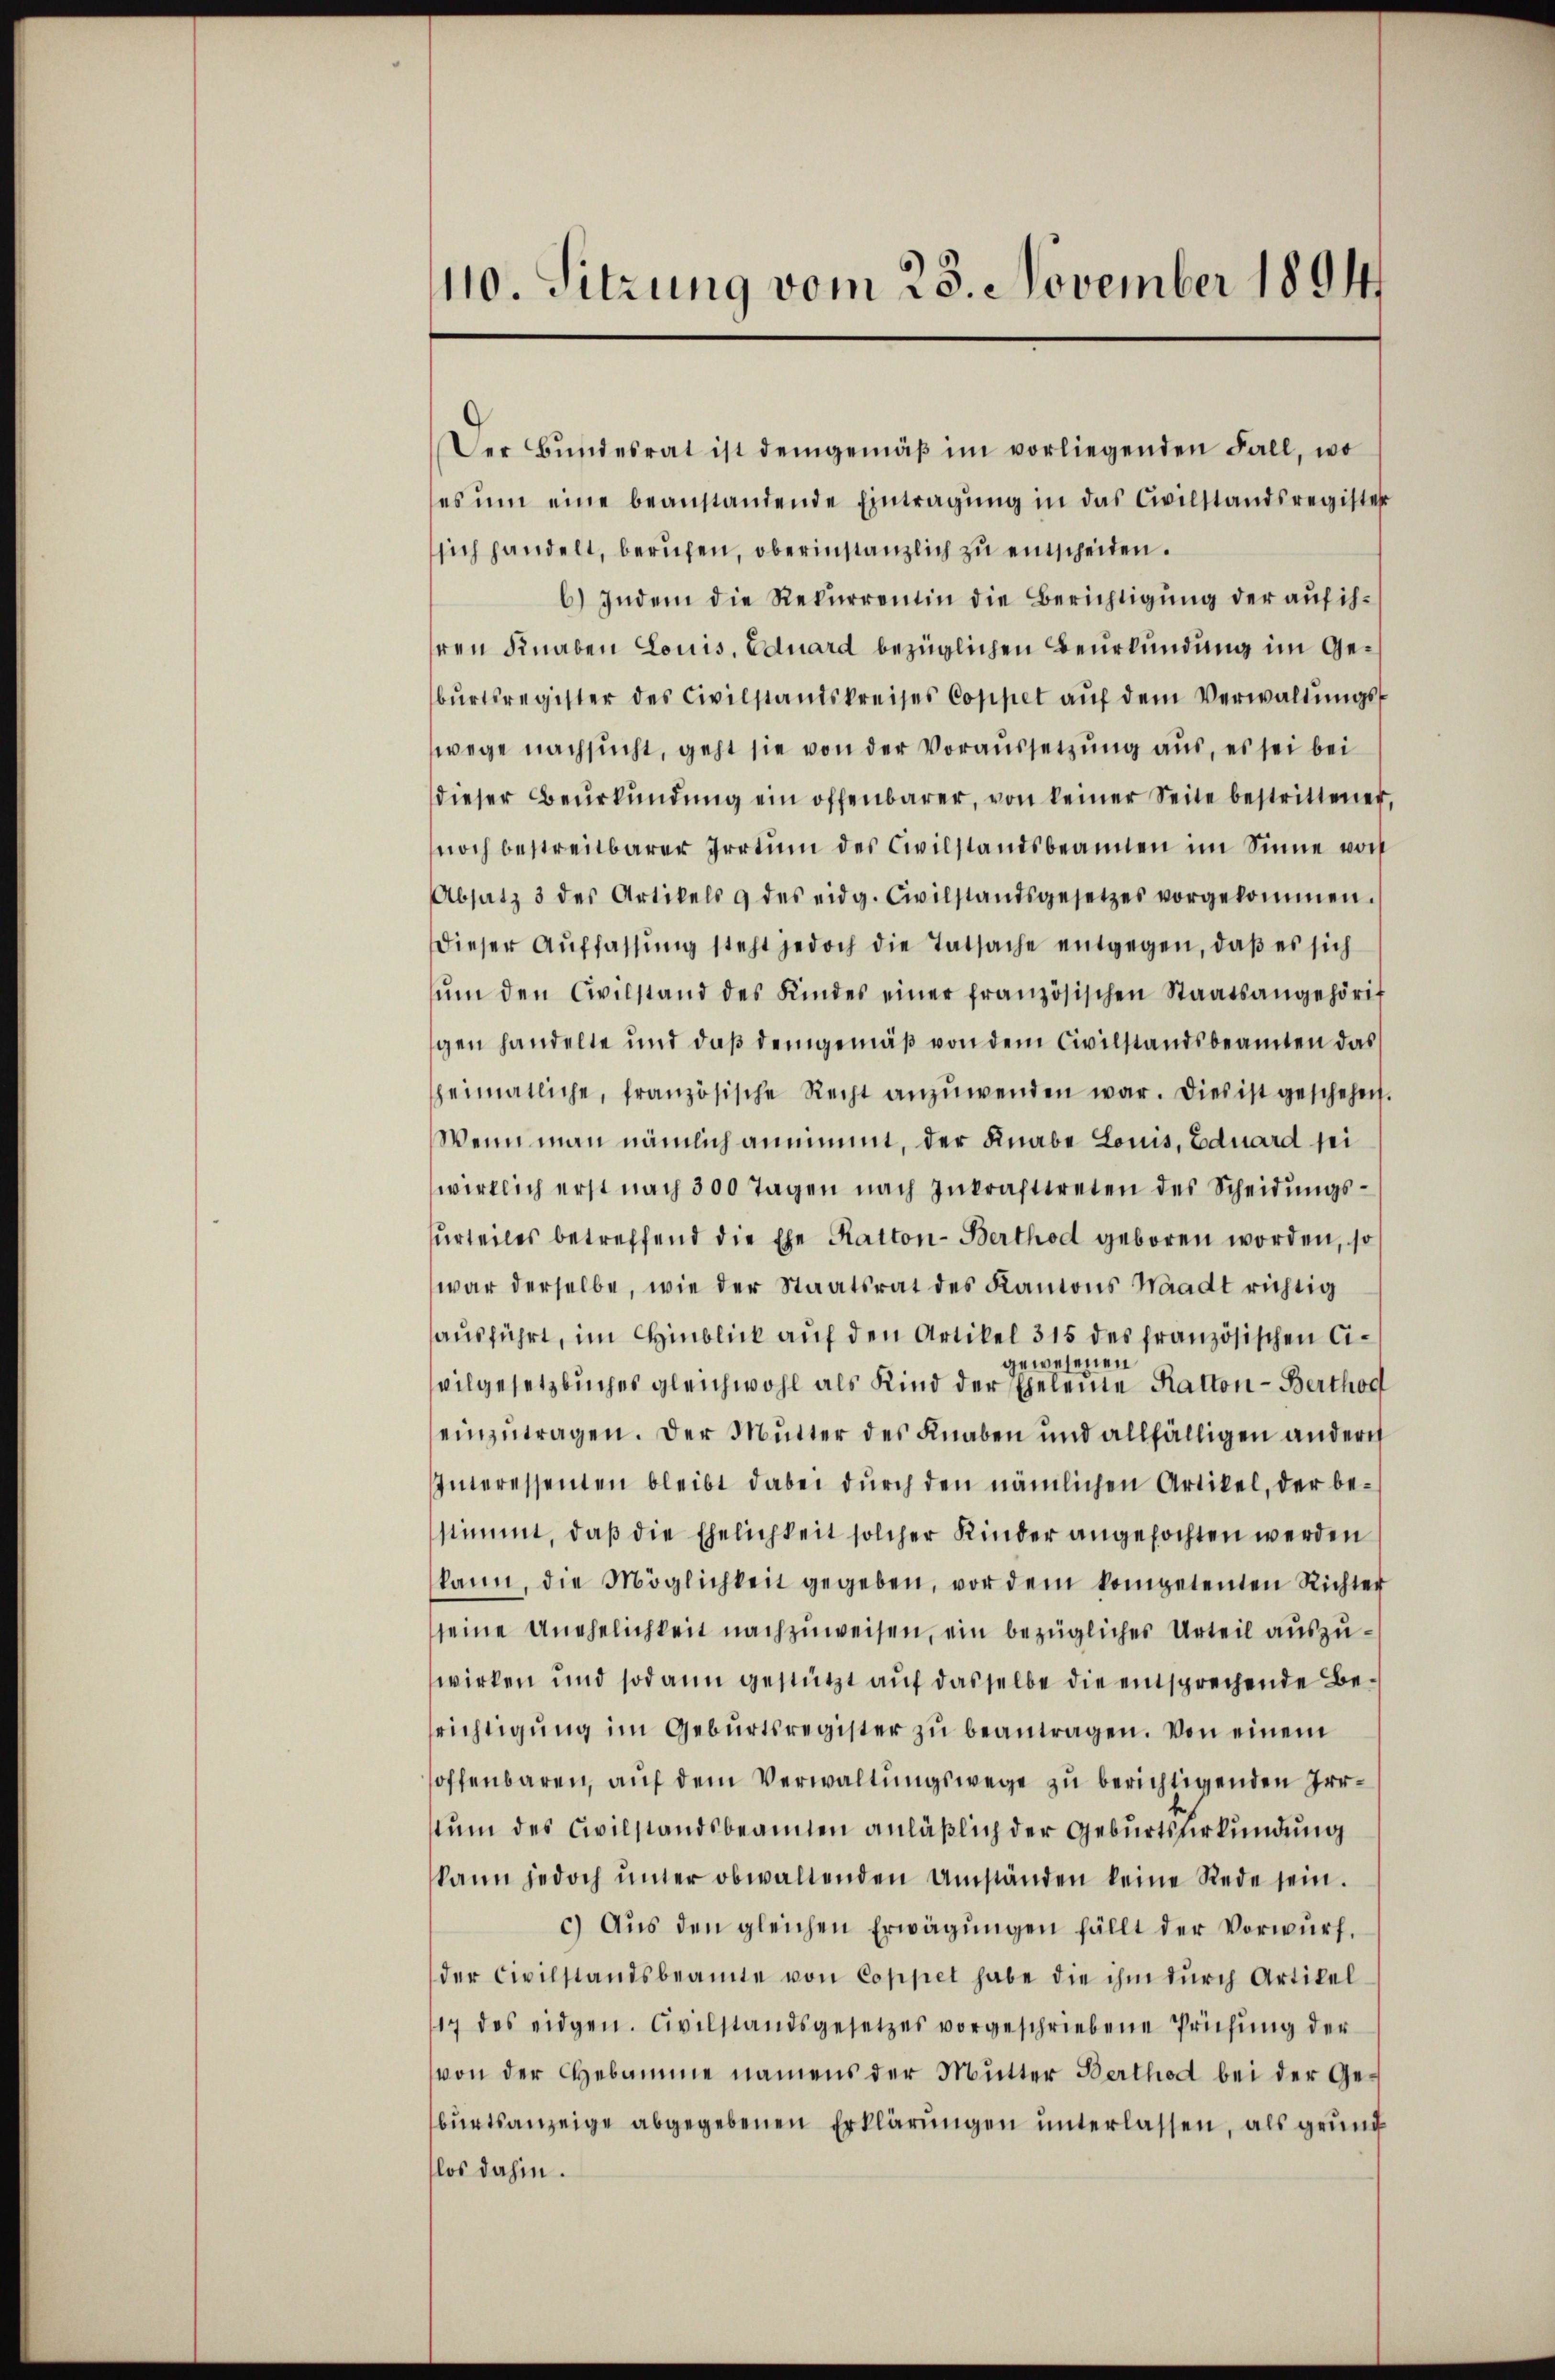
110. Sitzung vom 28. November 1894

Der Bŭndesrat ist demgemäβ im vorliegenden Fall, wo
es ŭm eine beanstandende Eintragung in das Civilstandsregister
sich handelt, berufen, oberinstanzlich zu entscheiden.
6) Indem die Rekurrentin die Berichtigung der auf ihren Knaben Louis, Eduard bezüglichen Beurkundung im Gebŭrtsregister des Civilstandskreises Coppet aŭf dem Verwaltŭngs-
wege nachsucht, geht sie von der Voraussetzung aus, es sei bei
dieser Beŭrkŭndŭng ein offenbarer, von keiner Seite bestrittener,
noch bestreitbarer Irrtum des Civilstandsbeamten im Sinne von
Absatz 3 des Artikels & des eidg. Civilstandsgesetzes vorgekommen.
dieser Auffassŭng steht jedoch die Tatsache entgegen, daß es sich
ŭm den Civilstand des Kindes einer französischen Staatsangehörif
gen handelte und daß demgemäß von dem Civilstandsbeamten das
heimatliche, französische Recht anzŭwenden war. Dies ist geschehen.
Wenn man nämlich annimmt, der Knabe Louis, Eduard sei
wirklich erst nach 300 Tagen nach Inkrafttreten des Scheidungsurteiles betreffend die Ehe Katton-Berthod geboren worden, so
war derselbe, wie der Staatsrat des Kantons Waadt richtig
ausführt, im Hinblick auf den Artikel 315 des französischen Cigewesenen
vilgesetzbuches gleichwohl als Kind der Eheleine Katton-Berthod
einzutragen. Der Mutter des Knaben und allfälligen andern
Interessenten bleibt dabei dŭrch den nämlichen Artikel, der be-
stimmt, daß die Ehelichkeit solcher Kinder angefochten werden
kann, die Möglichkeit gegeben, vor dem kompetenten Richter
seine Unehelichkeit nachzuweisen, ein bezügliches Urteil auszuwirken und sodann gestützt auf dasselbe die entsprechende Berichtigŭng im Gebŭrtsregister zŭ beantragen. Von einem
hoffenbaren, auf dem Verwaltungswege zu berichtigenden Irrstum des Civilstandsbeamten anläßlich der Geburtsurkundung
kann jedoch ŭnter obwaltenden Umständen keine Rede sein.
c) Aŭs den gleichen Erwägŭngen fällt der Vorwurf.
der Civilstandsbeamte von Coppel habe die ihm dŭrch Artikel
17 des eidgen. Civilstandsgesetzes vorgeschriebene Prüfŭng der
von der Hebamme namens der Mutter Berthod bei der Geburtsanzeige abgegebenen Erklärungen unterlassen, als grund
los dahin.